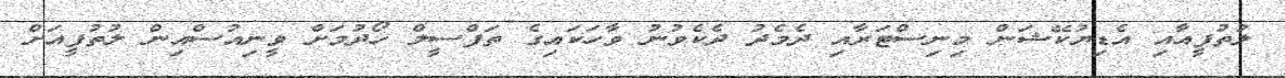
ލުތުފީއާއި އެޑިޔުކޭޝަން މިނިސްޓަރާއި ދެމެދު ދެކެވުނު ވާހަކައިގެ ތަފްސީލް ހޯދުމަށް ވީނިއުސްއިން ލުތުފީއަށް